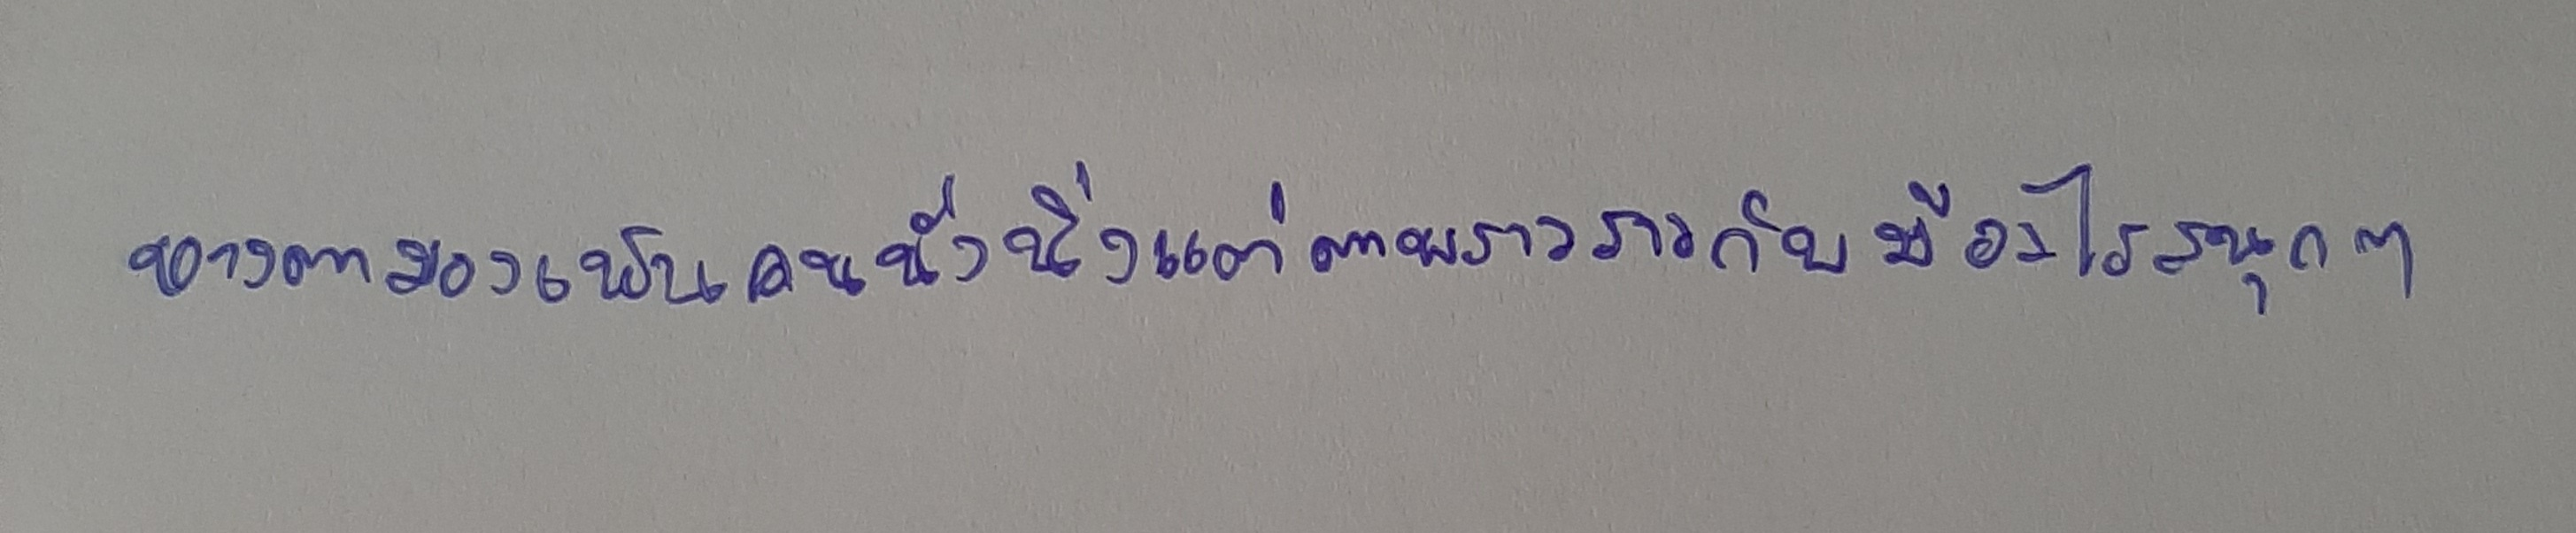
หางตามองเห็นคนนั่งนิ่งแต่ตาพราวราวกับมีอะไรสนุกๆ